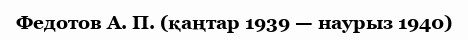
Федотов А. П. (қаңтар 1939 — наурыз 1940)